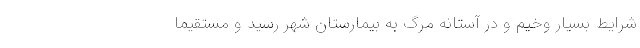
شرایط بسیار وخیم و در آستانه مرگ به بیمارستان شهر رسید و مستقیماً